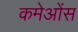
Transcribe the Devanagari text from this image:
कमेओंस